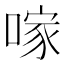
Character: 𠺢